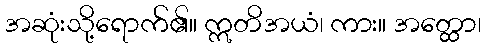
အဆုံးသို့ရောက်၏။ ဣတိအယံ၊ ကား။ အတ္ထော၊